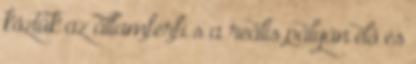
köztük az államférfi s a reális pályán élő és